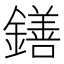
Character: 鐥